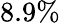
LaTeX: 8.9\%